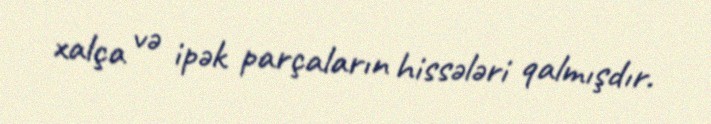
xalça və ipək parçaların hissələri qalmışdır.